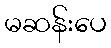
မဆန်းပေ